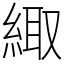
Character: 緅